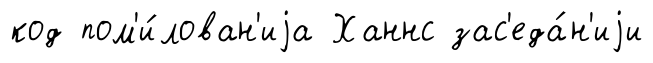
код пом'и́лован'иjа Ханнс зас'еда́н'иjи